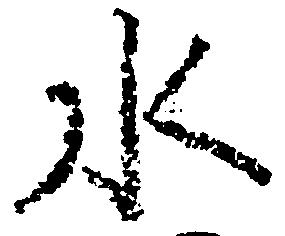
水